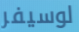
لوسيفر